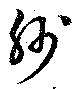
紗